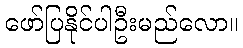
ဖော်ပြနိုင်ပါဦးမည်လော။